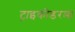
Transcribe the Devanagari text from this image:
ट्राइकोडरमा